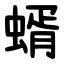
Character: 蝑